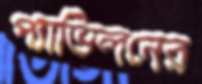
প্যাভিলনের